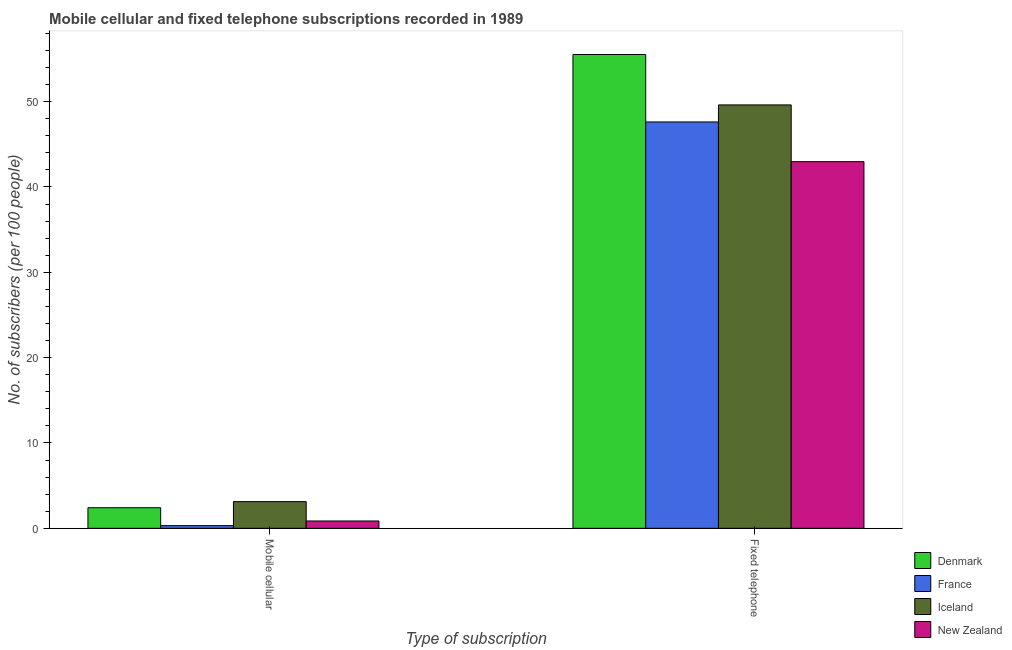
| Type of subscription | Denmark | France | Iceland | New Zealand |
 | --- | --- | --- | --- | --- |
 | Mobile cellular | 2.41 | 0.315 | 3.13 | 0.86 |
 | Fixed telephone | 55.5 | 47.6 | 49.6 | 43 |